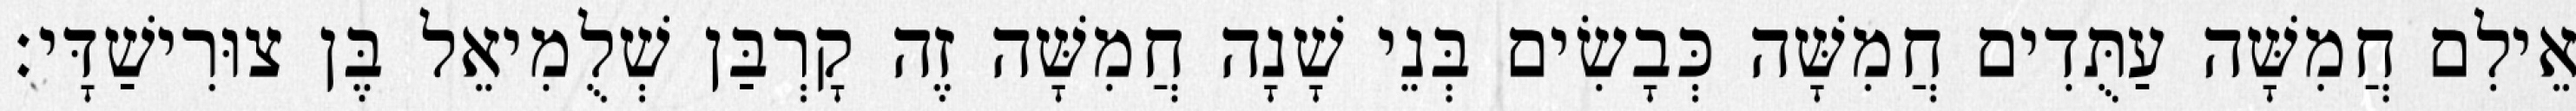
אֵילִם חֲמִשָּׁה עַתֻּדִים חֲמִשָּׁה כְּבָשִׂים בְּנֵי שָׁנָה חֲמִשָּׁה זֶה קָרְבַּן שְׁלֻמִיאֵל בֶּן צוּרִישַׁדָּי׃